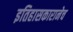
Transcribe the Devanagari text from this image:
इतिहासकारानेच